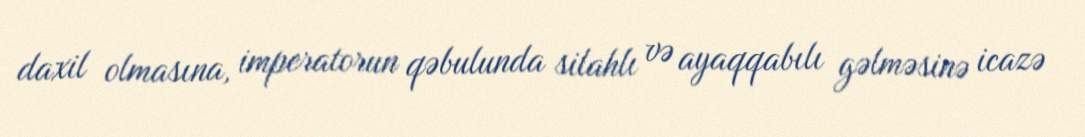
daxil olmasına, imperatorun qəbulunda silahlı və ayaqqabılı gəlməsinə icazə